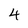
Character: 4